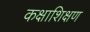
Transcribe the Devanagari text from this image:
कक्षाशिक्षण